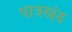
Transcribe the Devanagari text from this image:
पात्रखंड